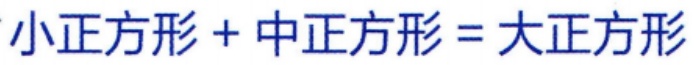
小正方形 + 中正方形 = 大正方形